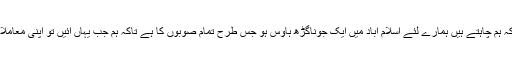
انہوں اس خواہش کا اظہار کیا کہ ہم چاہتے ہیں ہمارے لئے اسلام آباد میں ایک جوناگڑھ ہاؤس ہو جس طرح تمام صوبوں کا ہے تاکہ ہم جب یہاں آئیں تو اپنی معاملات کو بہتر انداز میں چلا سکیں۔